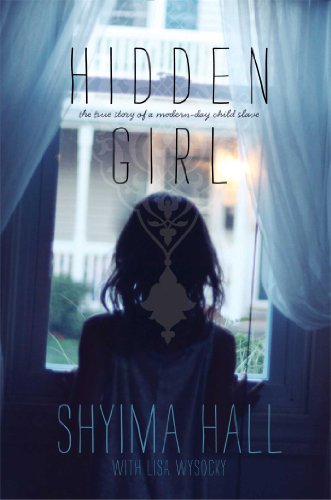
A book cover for Hidden Girl: The True Story of a Modern-Day Child Slave; Shyima Hall; Teen & Young Adult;